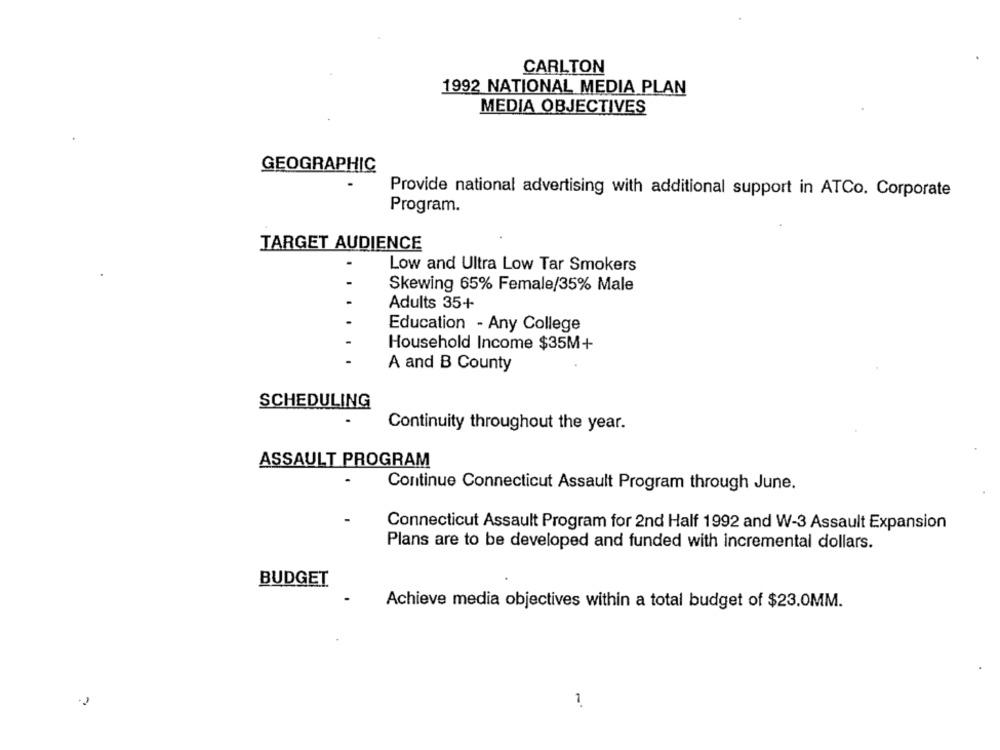
CARLTON
1992 NATIONAL MEDIA PLAN
MEDIA OBJECTIVES
GEOGRAPHIC
Provide national advertising with additional support in ATCo. Corporate
Program.
TARGET AUDIENCE
Low and Ultra Low Tar Smokers
Skewing 65% Female/35% Male
Adults 35+
Education - Any College
Household Income $35M+
A and B County
SCHEDULING
Continuity throughout the year.
ASSAULT PROGRAM
Continue Connecticut Assault Program through June.
Connecticut Assault Program for 2nd Half 1992 and W-3 Assault Expansion
Plans are to be developed and funded with incremental dollars.
BUDGET
Achieve media objectives within a total budget of $23.0MM.
1